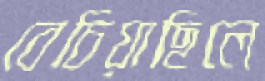
বেচিয়াছিলে